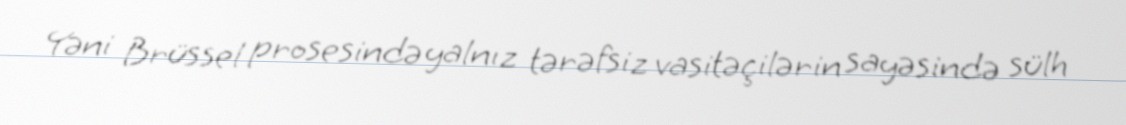
Yəni Brüssel prosesində yalnız tərəfsiz vasitəçilərin sayəsində sülh